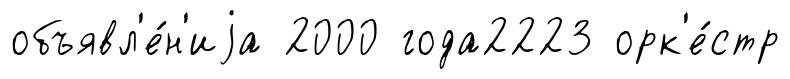
объявл'е́н'иjа 2000 года2223 орк'е́стр